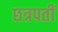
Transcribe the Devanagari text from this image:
छत्रपतीं